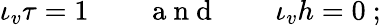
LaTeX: \iota_{v}\tau=1\qquad\mathrm{~a~n~d~}\qquad\iota_{v}h=0\ ;